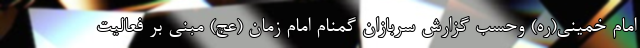
امام خمینی(ره) وحسب گزارش سربازان گمنام امام زمان (عج) مبنی بر فعالیت